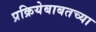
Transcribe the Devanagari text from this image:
प्रक्रियेबाबतच्या